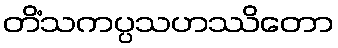
တိံသကပ္ပသဟဿိတော